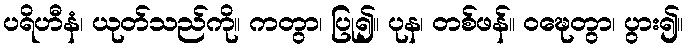
ပရိဟီနံ၊ ယုတ်သည်ကို။ ကတွာ၊ ပြု၍။ ပုန၊ တစ်ဖန်။ ဝဍ္ဎေတွာ၊ ပွား၍။